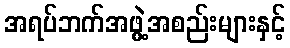
အရပ်ဘက်အဖွဲ့အစည်းများနှင့်